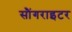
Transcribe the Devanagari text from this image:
सौंगराइटर